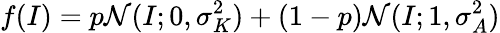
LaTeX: f(I)=p\mathcal{N}(I;0,\sigma_{K}^{2})+(1-p)\mathcal{N}(I;1,\sigma_{A}^{2})